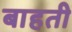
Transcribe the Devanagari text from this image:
बाहती